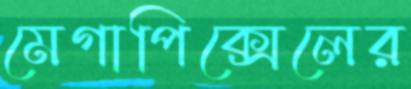
মেগাপিক্সেলের